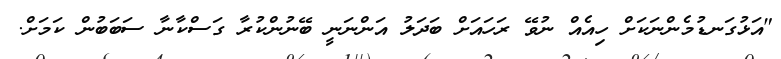
"އަޅުގަނޑުމެންނަކަށް ހިއެއް ނުވޭ ރަހައަށް ބަދަލު އަންނަނީ ބޭނުންކުރާ ގަސްކާނާ ސަބަބުން ކަމަށް.